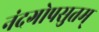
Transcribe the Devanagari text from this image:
नंदगोपसुतम्